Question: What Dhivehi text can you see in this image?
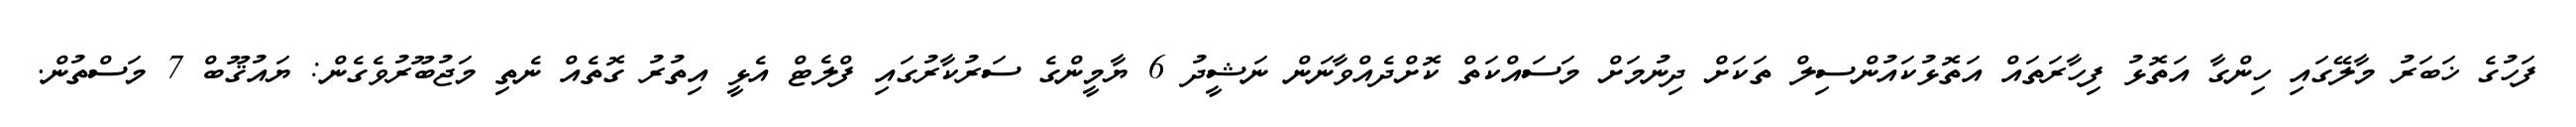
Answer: ފަހުގެ ޚަބަރު މާލޭގައި ހިންގާ އަތޮޅު ފިހާރަތައް އަތޮޅުކައުންސިލް ތަކަށް ދިނުމަށް މަސައްކަތް ކޮށްދެއްވާނަން ނަޝީދު 6 ޔާމީންގެ ސަރުކާރުގައި ފްލެޓް އެޅީ އިތުރު ގޮތެއް ނެތި މަޖުބޫރުވެގެން: ޔައުޤޫބް 7 މަސްތުން.